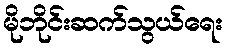
မိုဘိုင်းဆက်သွယ်ရေး